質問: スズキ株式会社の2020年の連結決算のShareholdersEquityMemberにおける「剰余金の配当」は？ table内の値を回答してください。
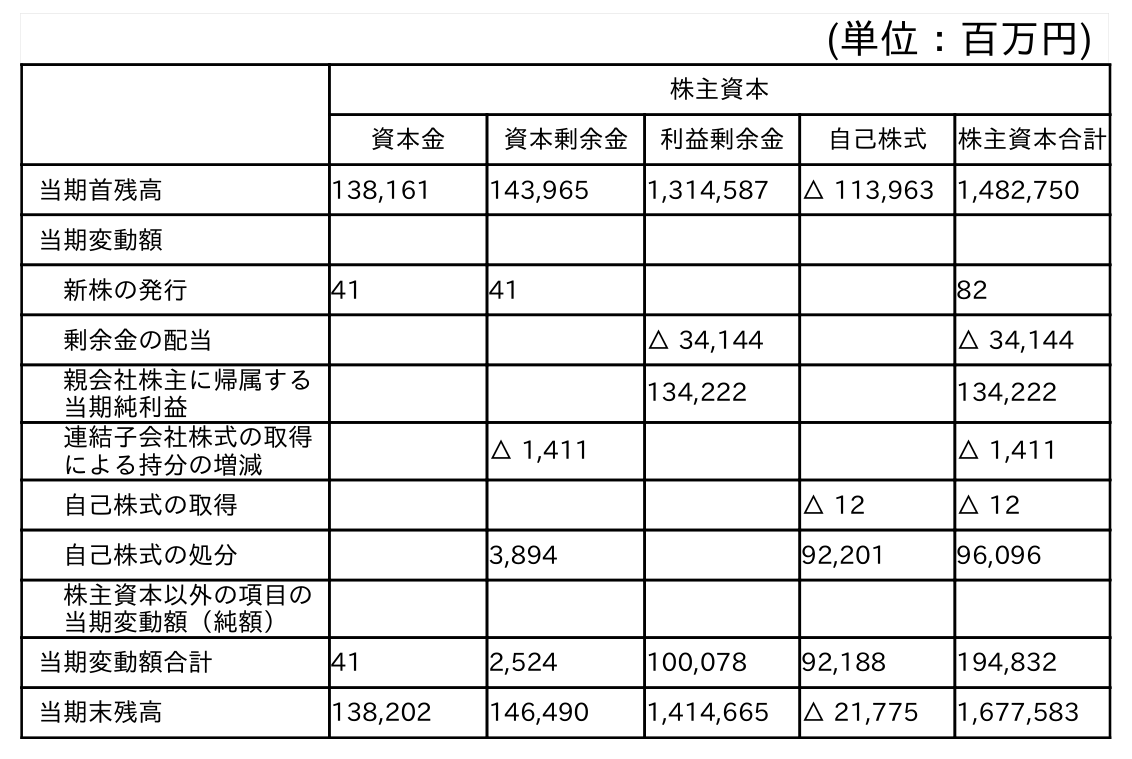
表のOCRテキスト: (単位：百万円) 株主資本 資本金 資本剰余金 利益剰余金 自己株式 株主資本合計 当期首残高 138,161 143,965 1,314,587 △ 113,963 1,482,750 当期変動額 新株の発行 41 41 82 剰余金の配当 △ 34,144 △ 34,144 親会社株主に帰属する 当期純利益 134,222 134,222 連結子会社株式の取得 による持分の増減 △ 1,411 △ 1,411 自己株式の取得 △ 12 △ 12 自己株式の処分 3,894 92,201 96,096 株主資本以外の項目の 当期変動額（純額） 当期変動額合計 41 2,524 100,078 92,188 194,832 当期末残高 138,202 146,490 1,414,665 △ 21,775 1,677,583
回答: △34,144